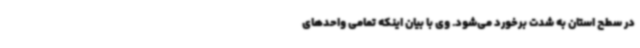
در سطح استان به شدت برخورد می‌شود. وی با بیان اینکه تمامی واحدهای